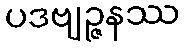
ပဒဗျဉ္ဇနဿ